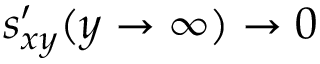
s _ { x y } ^ { \prime } ( y \to \infty ) \to 0